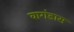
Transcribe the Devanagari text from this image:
वागंडास